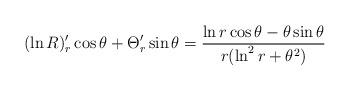
LaTeX: \begin{align*}(\ln R)'_r\cos \theta +\Theta '_r\sin \theta =\frac{\ln r\cos \theta -\theta \sin \theta }{r(\ln ^2r+\theta ^2)} \end{align*}